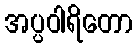
အပ္ပဝါရိတော